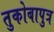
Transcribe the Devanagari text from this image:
तुकोबापुत्र